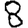
Digit: 8